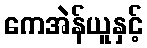
ကေအဲန်ယူနှင့်